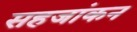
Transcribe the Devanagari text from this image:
सहजांकन